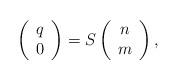
LaTeX: \begin{align*}\left( \begin{array}{c} q \\ 0 \end{array} \right)=S \left( \begin{array}{c} n \\ m \end{array} \right),\end{align*}